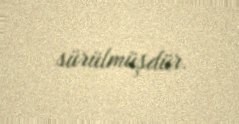
sürülmüşdür.